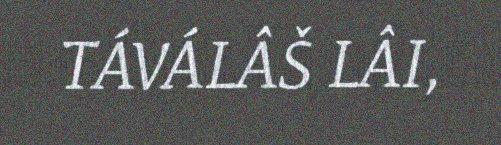
TÁVÁLÂŠ LÂI,